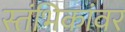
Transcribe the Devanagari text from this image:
स्तंभिकांवर